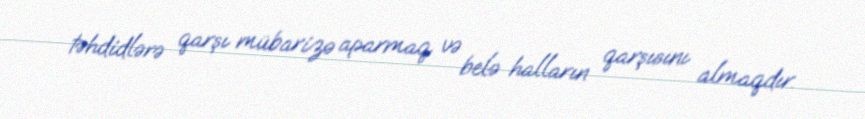
təhdidlərə qarşı mübarizə aparmaq və belə halların qarşısını almaqdır.